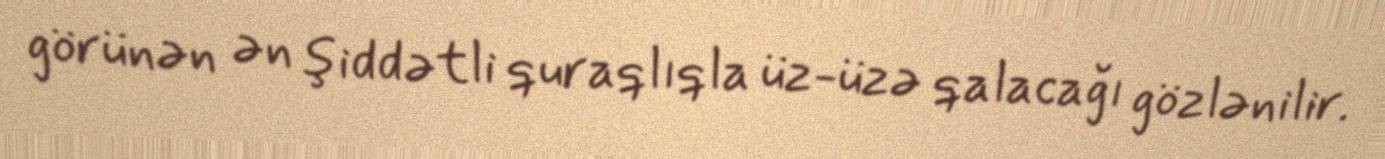
görünən ən şiddətli quraqlıqla üz-üzə qalacağı gözlənilir.